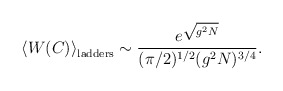
\begin{align*}\left< W(C)\right>_{\rm ladders}\sim \frac{e^{\sqrt{g^2N}}}{(\pi/2)^{1/2}(g^2N)^{3/4}}.\end{align*}